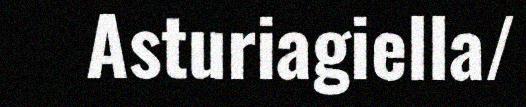
Asturiagiella/